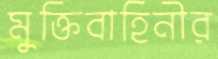
মুক্তিবাহিনীর